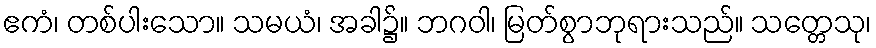
ဧကံ၊ တစ်ပါးသော။ သမယံ၊ အခါ၌။ ဘဂဝါ၊ မြတ်စွာဘုရားသည်။ သတ္တေသု၊